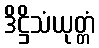
ဒိဋ္ဌိသံယုတ္တံ